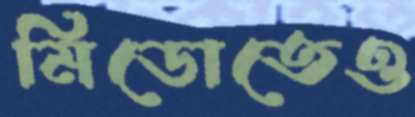
মিডোতেও